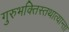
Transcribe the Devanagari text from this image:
गुरुभक्तिस्तथात्यान्ता